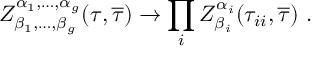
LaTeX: Z _ { \beta _ { 1 } , \dots , \beta _ { g } } ^ { \alpha _ { 1 } , \dots , \alpha _ { g } } ( \tau , { \overline { { { \tau } } } } ) \rightarrow \prod _ { i } Z _ { \beta _ { i } } ^ { \alpha _ { i } } ( \tau _ { i i } , { \overline { { { \tau } } } } ) ~ .